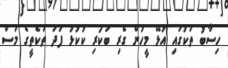
ހިސާބު ތަކުގައި އުޅޭ މީހުން ގެރި ބަކަރި ކުކުޅު ފަދަ ތަކެތީގެ މަސް